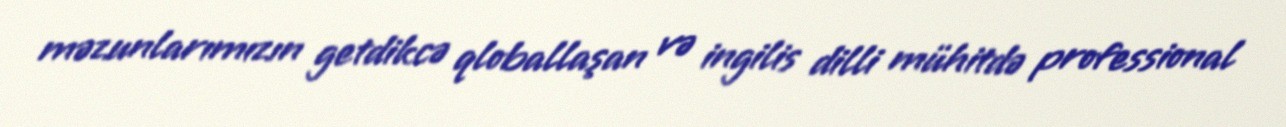
məzunlarımızın getdikcə qloballaşan və ingilis dilli mühitdə professional